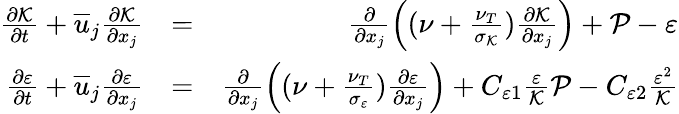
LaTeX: \begin{array}{rlr}{\frac{\partial\mathcal{K}}{\partial t}+\overline{{u}}_{j}\frac{\partial\mathcal{K}}{\partial x_{j}}}&{=}&{\frac{\partial}{\partial x_{j}}\left((\nu+\frac{\nu_{T}}{\sigma_{\mathcal{K}}})\frac{\partial\mathcal{K}}{\partial x_{j}}\right)+\mathcal{P}-\varepsilon}\\ {\frac{\partial\varepsilon}{\partial t}+\overline{{u}}_{j}\frac{\partial\varepsilon}{\partial x_{j}}}&{=}&{\frac{\partial}{\partial x_{j}}\left((\nu+\frac{\nu_{T}}{\sigma_{\mathcal{\varepsilon}}})\frac{\partial\varepsilon}{\partial x_{j}}\right)+C_{\varepsilon 1}\frac{\varepsilon}{\mathcal{K}}\mathcal{P}-C_{\varepsilon 2}\frac{\varepsilon^{2}}{\mathcal{K}}}\end{array}